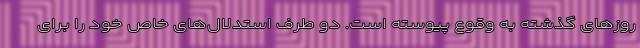
روزهای گذشته به وقوع پیوسته است. دو طرف استدلال‌های خاص خود را برای